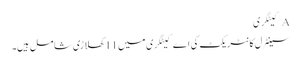
A کیٹگری
سینٹرل کانٹریکٹ کی اے کیٹگری میں 11 کھلاڑی شامل ہیں۔